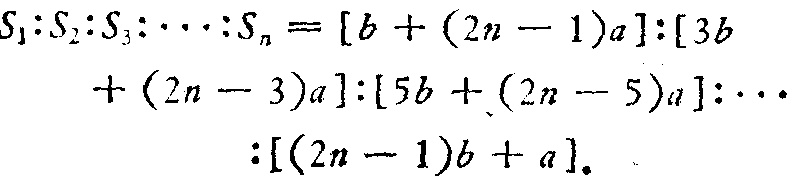
\[
\begin{align*}
S_{1}:S_{2}:S_{3}:\cdots :S_{n}&=[b + (2n - 1)a]:[3b\\
&+(2n - 3)a]:[5b+(2n - 5)a]:\cdots\\
&:[(2n - 1)b + a].
\end{align*}
\]